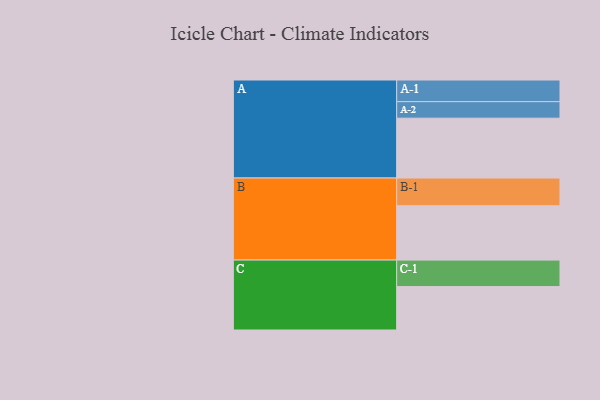
{"axis": {"x": "Segment", "y": "Value"}, "legend": ["", "A", "B", "C"], "data": [{"x": "A", "y": 528, "type": ""}, {"x": "B", "y": 479, "type": ""}, {"x": "C", "y": 383, "type": ""}, {"x": "A-1", "y": 191, "type": "A"}, {"x": "A-2", "y": 146, "type": "A"}, {"x": "B-1", "y": 245, "type": "B"}, {"x": "C-1", "y": 234, "type": "C"}]}